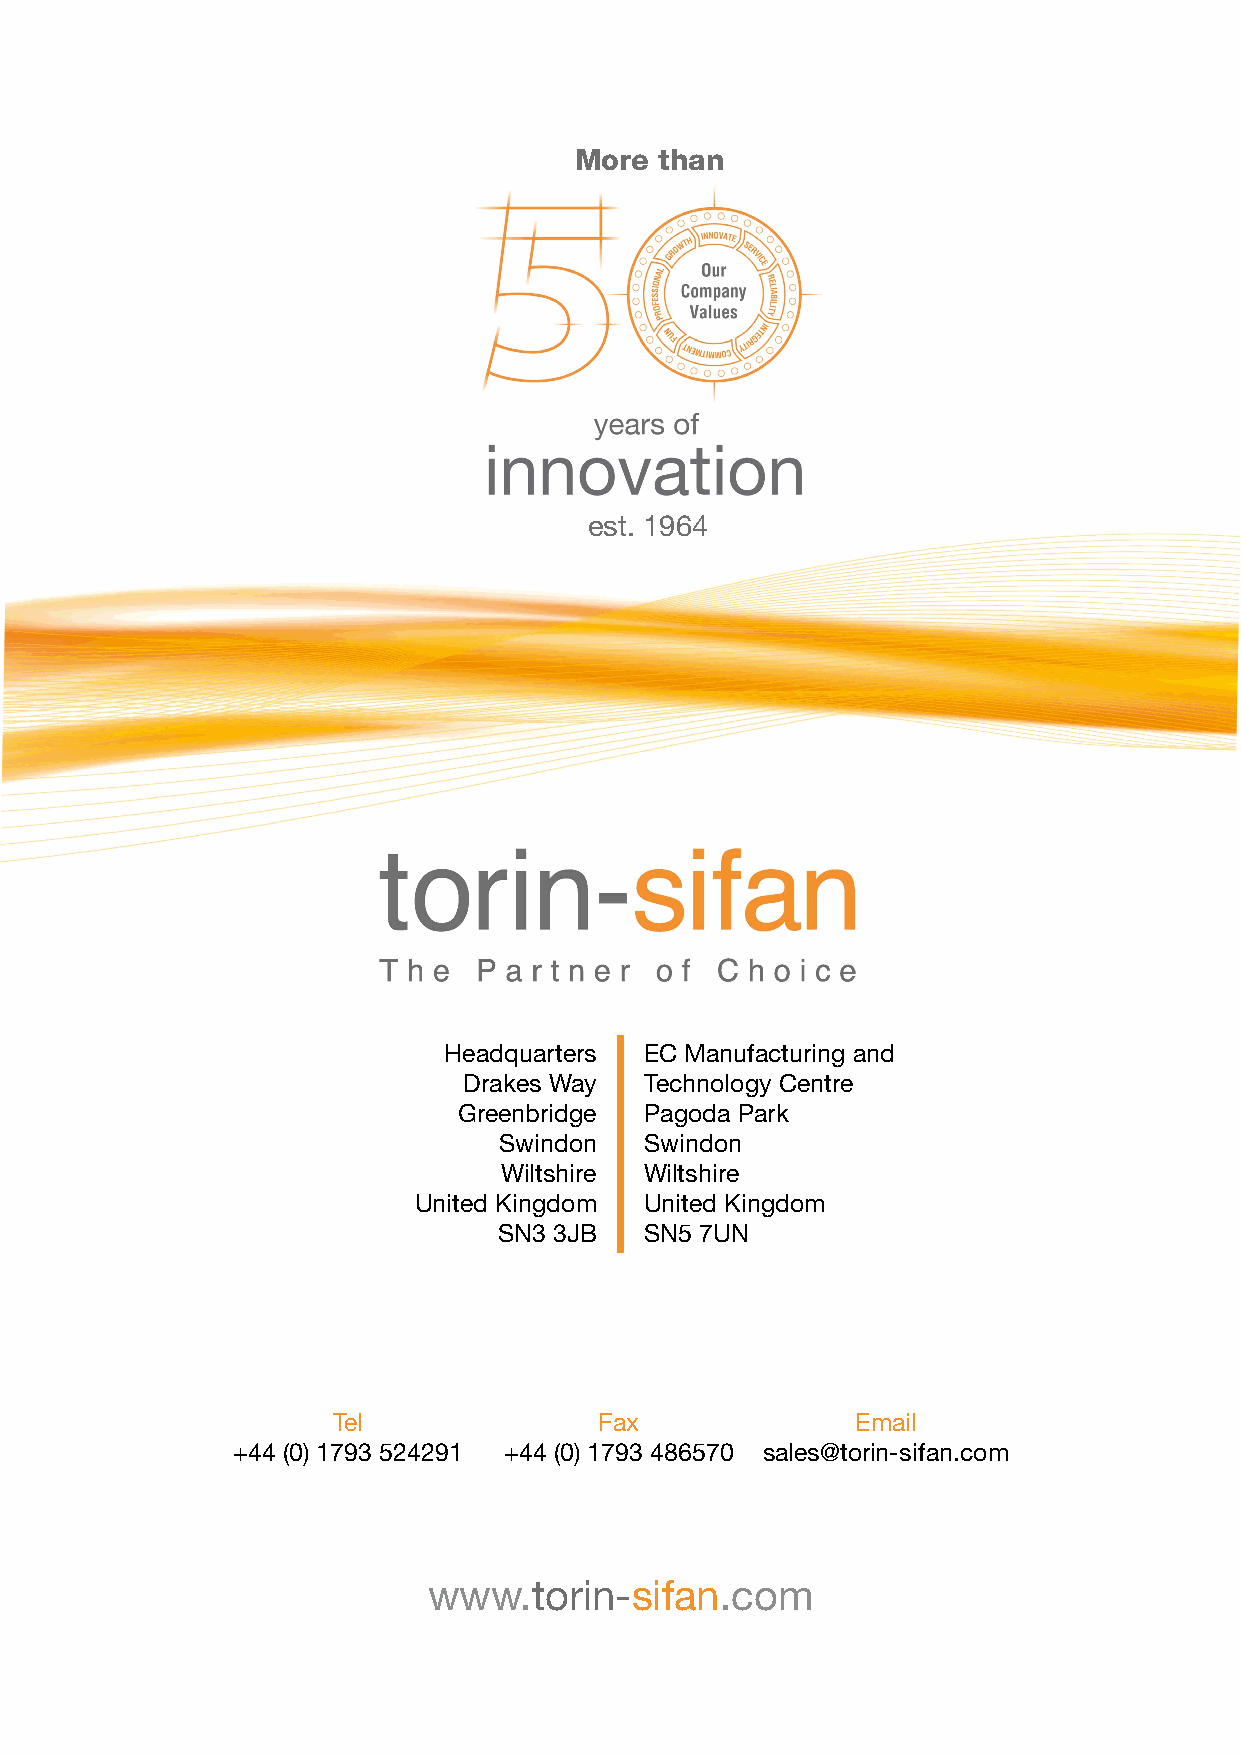
More  than
 est. 1964
 Headquarters  EC Manufacturing and
 Drakes Way  Technology Centre
 Greenbridge  Pagoda Park
 Swindon   Swindon
 Wiltshire Wiltshire
 United Kingdom  United Kingdom
 SN3 3JB   SN5 7UN
 Tel               Fax              Email
 +44 (0) 1793 524291 +44 (0) 1793 486570 sales@torin-sifan.com
 www.torin-sifan.com